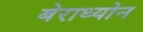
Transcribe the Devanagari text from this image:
बेराथ्योन